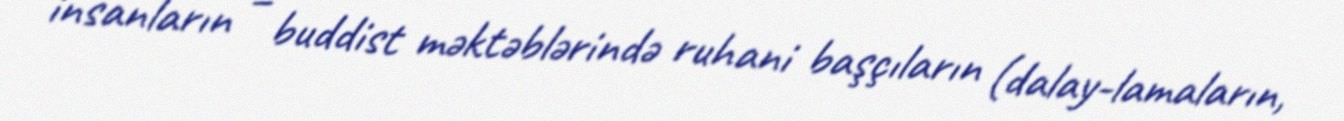
insanların – buddist məktəblərində ruhani başçıların (dalay-lamaların,